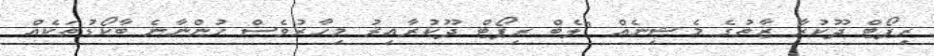
ރިިޕޯޓް ދޫކުރާ ޒާތުގެ މެޝިނެއް "ލެބް ރިޕޯޓް ދޫކުރާއިރު މިހާރުވެސް ހުންނާނެ ބާކޯޑުތަކެއް